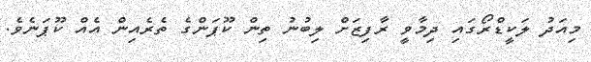
މިއަދު ލަކީޑްރޯގައި ދިމާވީ ރާފިޒަށް ލިބުނު ތިން ކޫޕަންގެ ތެރެއިން އެއް ކޫޕަނެވެ.